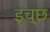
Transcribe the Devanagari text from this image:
इच्छ